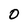
Character: O